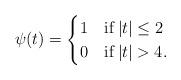
LaTeX: \begin{align*}\psi(t) = \begin{cases}1 & \mathrm{if } \, |t| \leq 2 \\0 & \mathrm{if } \, |t| > 4.\end{cases}\end{align*}